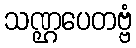
သဏ္ဌပေတဗ္ဗံ